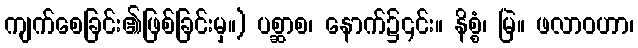
ကျက်စေခြင်း၏ဖြစ်ခြင်းမှ။) ပစ္ဆာစ၊ နောက်၌၎င်း။ နိစ္စံ၊ မြဲ။ ဖလာဝဟာ၊